Manual of the Civil Veterinary Department, Central Provinces and Berar
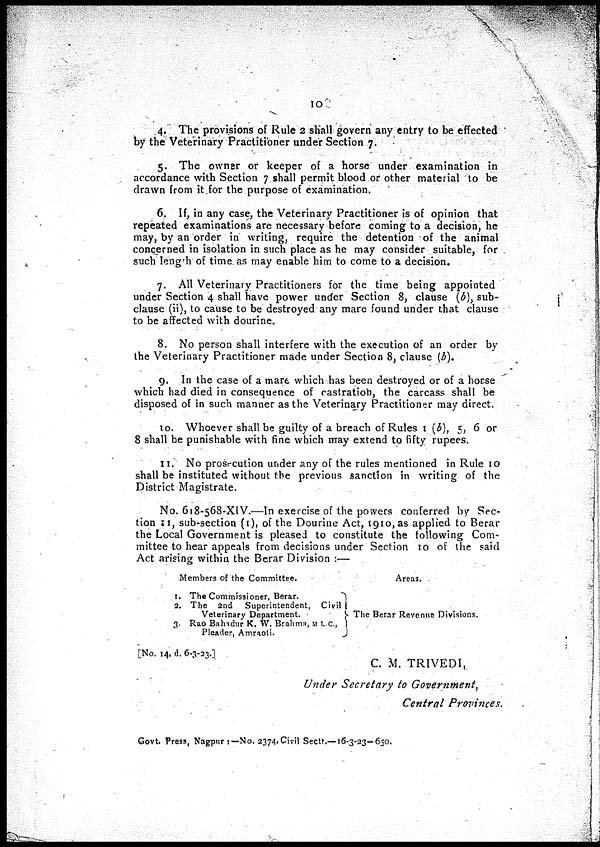
10
4. The provisions of Rule 2 shall govern any entry to be effected
by the Veterinary Practitioner under Section 7.
5. The owner or keeper of a horse under examination in
accordance with Section 7 shall permit blood or other material to be
drawn from it for the purpose of examination.
6. If, in any case, the Veterinary Practitioner is of opinion that
repeated examinations are necessary before coming to a decision, he
may, by an order in writing, require the detention of the animal
concerned in isolation in such place as he may consider suitable, for
such length of time as may enable him to come to a decision.
7. All Veterinary Practitioners for the time being appointed
under Section 4 shall have power under Section 8, clause (b), sub-
clause (ii), to cause to be destroyed any mare found under that clause
to be affected with dourine.
8. No person shall interfere with the execution of an order by
the Veterinary Practitioner made under Section 8, clause (b).
9. In the case of a mare which has been destroyed or of a horse
which had died in consequence of castration, the carcass shall be
disposed of in such manner as the Veterinary Practitioner may direct.
10. Whoever shall be guilty of a breach of Rules (b), 5, 6 or
8 shall be punishable with fine which may extend to fifty rupees.
11. No prosecution under any of the rules mentioned in Rule 10
shall be instituted without the previous sanction in writing of the
District Magistrate.
No. 618-568-XlV.—In exercise of the powers conferred by Sec-
tion 11, sub-section (1), of the Dourine Act, 1910, as applied to Berar
the Local Government is pleased to constitute the following Com-
mittee to hear appeals from decisions under Section 10 of the said
Act arising within the Berar Division :—
Members of the Committee.
1. The Commissioner, Berar.
2. The and Superintendent, Civil
Veterinary Department.
3. Rao Bahadur K. W. Brahma, M I. C,
Pleader, Amrtoli.
Areas.
The Berar Revenue Divisions.
[No. 14, d. 6-3-23.]
C. M. TRIVEDI,
Under Secretary to Government,
Central Provinces.
Govt. Press, Nagpur :— No. 2374, Civil Sectt.—16-3-23-650.